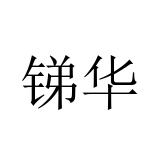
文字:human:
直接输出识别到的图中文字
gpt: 锑华